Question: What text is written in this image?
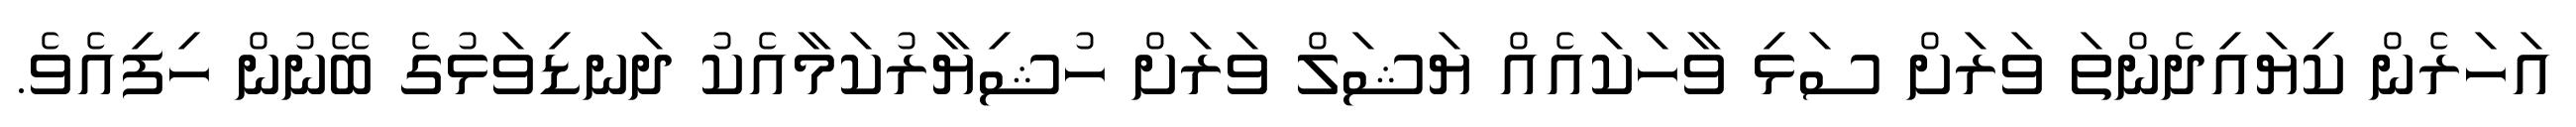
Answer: އަހަރެން ކިޔައިދެންތަ ވަރަށް ސަޅި ވާހަކައެއް ޔަޝަލް ވަރަށް ހުޝިޔާރުކަމާއެކު ދަނޑިވަޅުގެ ބޭނުން ހިފިއެވެ.